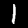
Label: 1